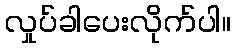
လှုပ်ခါပေးလိုက်ပါ။